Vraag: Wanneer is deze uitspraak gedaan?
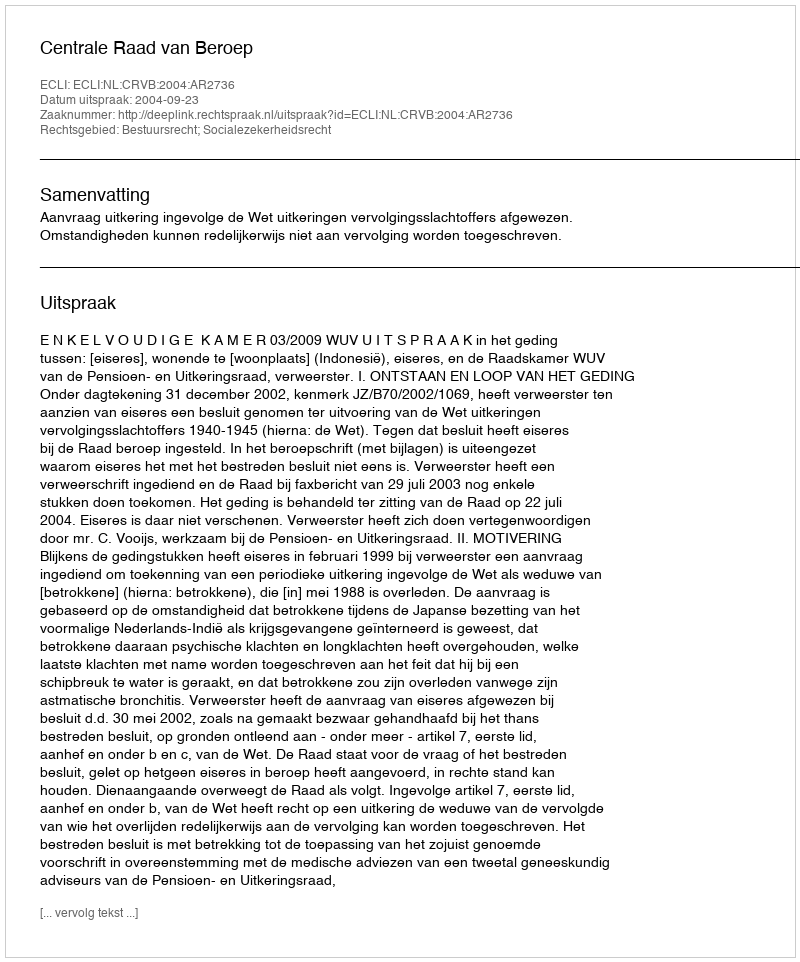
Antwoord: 2004-09-23